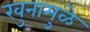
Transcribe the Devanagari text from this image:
खुनामुळे